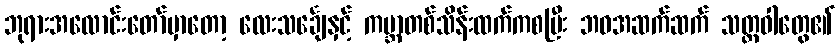
ဘုရားအလောင်းတော်မှာတော့ လေးသင်္ချေနှင့် ကမ္ဘာတစ်သိန်းထက်ကစပြီး ဘဝအဆက်ဆက် သတ္တဝါတွေ၏